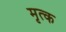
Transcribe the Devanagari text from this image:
मृत्क